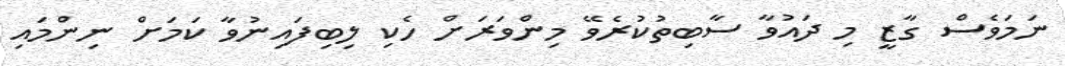
ނަމަވެސް ގާޒީ މި ދައުވާ ސާބިތުކުރެވޭ މިންވަރަށް ހެކި ލިބިފައިނުވާ ކަމަށް ނިންމައި